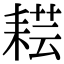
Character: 𦓷